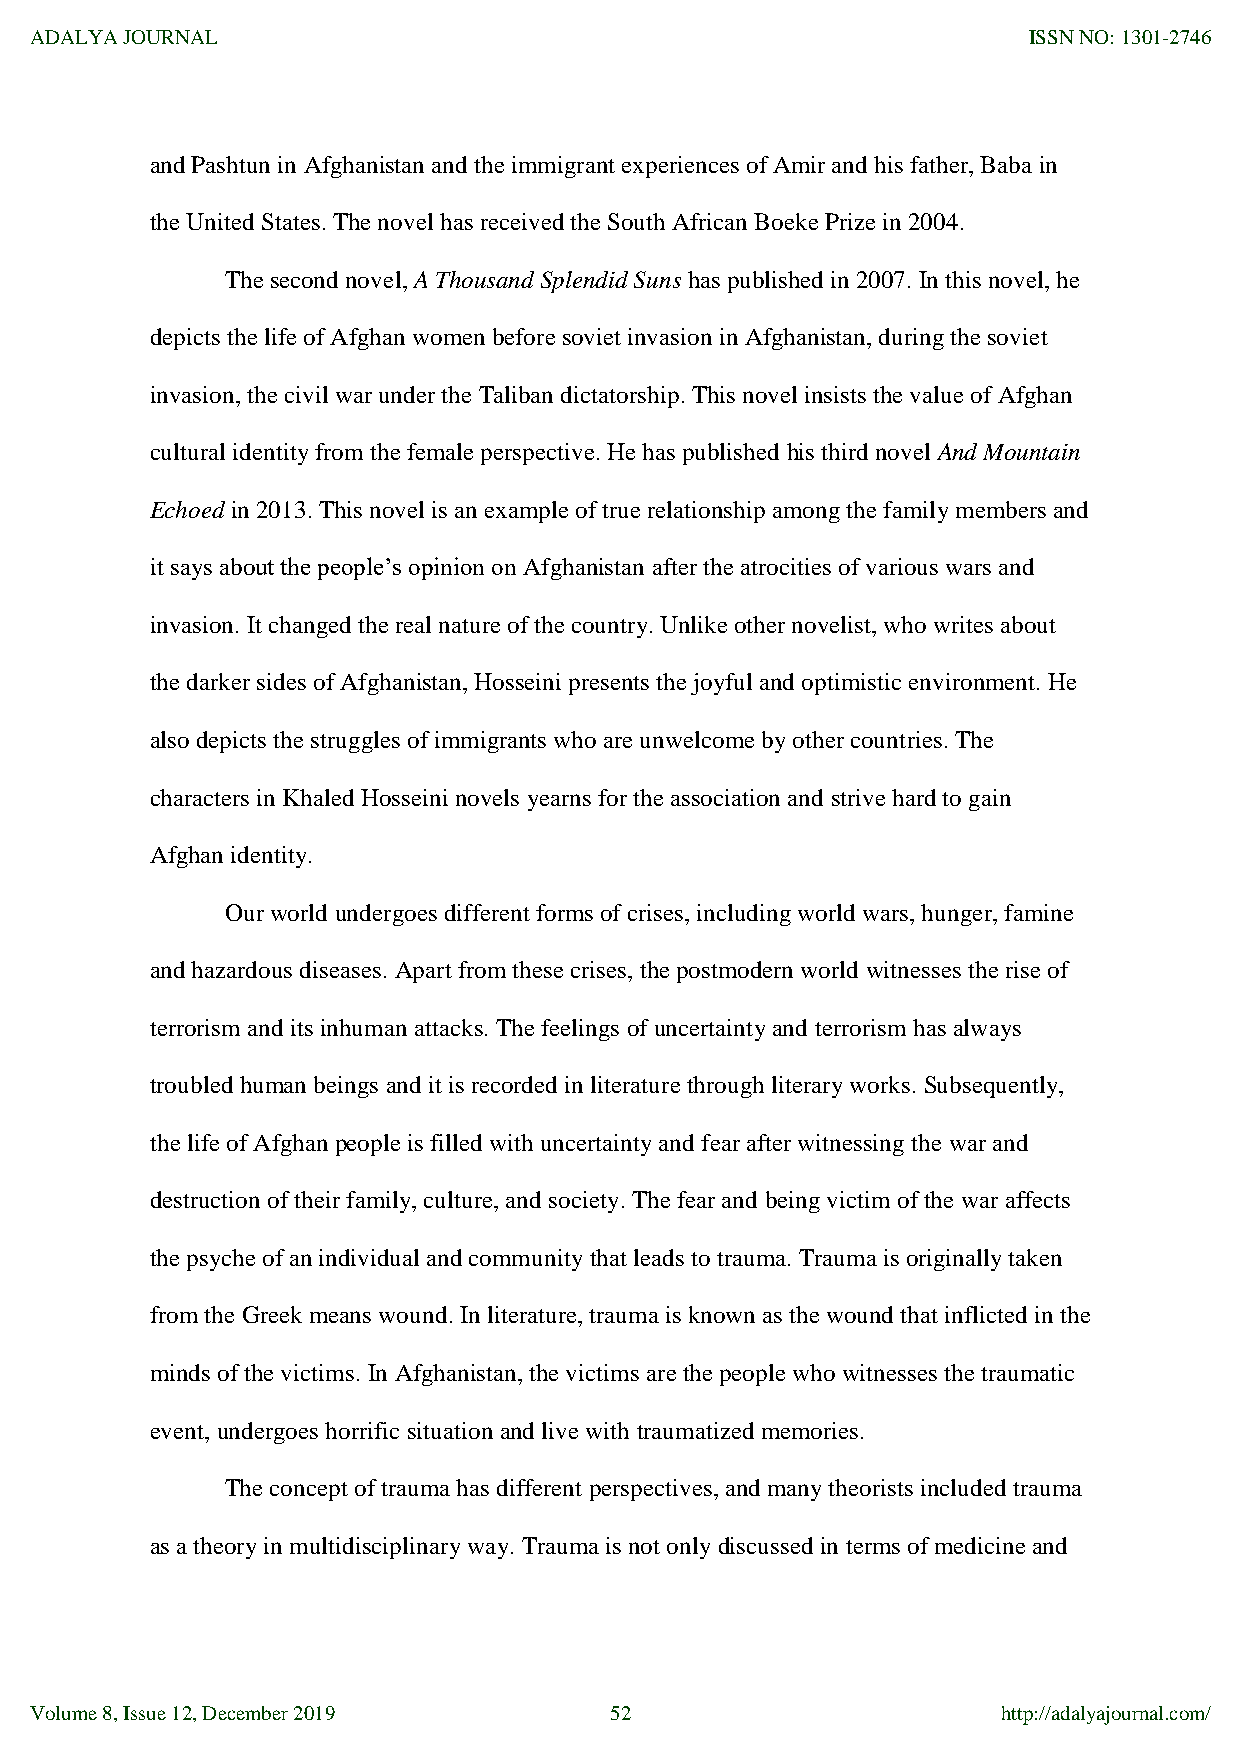
ADALYA JOURNAL                                                    ISSN NO: 1301-2746
 and Pashtun in Afghanistan and the immigrant experiences of Amir and his father, Baba in
 the United States. The novel has received the South African Boeke Prize in 2004.
 The second novel, A Thousand Splendid Suns has published in 2007. In this novel, he
 depicts the life of Afghan women before soviet invasion in Afghanistan, during the soviet
 invasion, the civil war under the Taliban dictatorship. This novel insists the value of Afghan
 cultural identity from the female perspective. He has published his third novel And Mountain
 Echoed in 2013. This novel is an example of true relationship among the family members and
 it says about the people‟s opinion on Afghanistan after the atrocities of various wars and
 invasion. It changed the real nature of the country. Unlike other novelist, who writes about
 the darker sides of Afghanistan, Hosseini presents the joyful and optimistic environment. He
 also depicts the struggles of immigrants who are unwelcome by other countries. The
 characters in Khaled Hosseini novels yearns for the association and strive hard to gain
 Afghan identity.
 Our world undergoes different forms of crises, including world wars, hunger, famine
 and hazardous diseases. Apart from these crises, the postmodern world witnesses the rise of
 terrorism and its inhuman attacks. The feelings of uncertainty and terrorism has always
 troubled human beings and it is recorded in literature through literary works. Subsequently,
 the life of Afghan people is filled with uncertainty and fear after witnessing the war and
 destruction of their family, culture, and society. The fear and being victim of the war affects
 the psyche of an individual and community that leads to trauma. Trauma is originally taken
 from the Greek means wound. In literature, trauma is known as the wound that inflicted in the
 minds of the victims. In Afghanistan, the victims are the people who witnesses the traumatic
 event, undergoes horrific situation and live with traumatized memories.
 The concept of trauma has different perspectives, and many theorists included trauma
 as a theory in multidisciplinary way. Trauma is not only discussed in terms of medicine and
 Volume 8, Issue 12, December 2019     52                        http://adalyajournal.com/